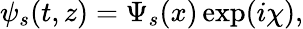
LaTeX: \psi_{s}(t,z)=\Psi_{s}(x)\exp(i\chi),